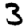
Digit: 3